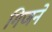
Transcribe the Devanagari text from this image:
गिणने